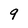
Character: 9